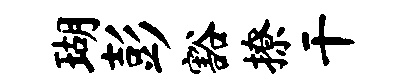
瑚彭豁撩干